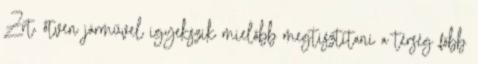
Zrt. ötven járművel igyekszik mielőbb megtisztítani a térség főbb